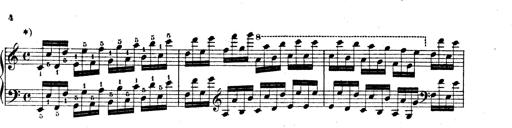
Title: Technische Studien
Composer: Franz Liszt